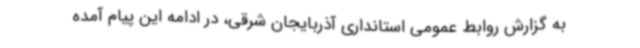
به گزارش روابط عمومی استانداری آذربایجان شرقی، در ادامه این پیام آمده